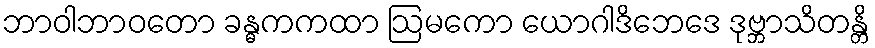
ဘာဝါဘာဝတော ခန္ဓကကထာ ဩမကော ယောဂါဒိဘေဒေ ဒုဗ္ဘာသိတန္တိ